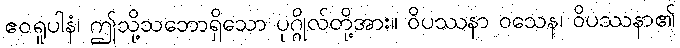
ဧဝရူပါနံ၊ ဤသို့သဘောရှိသော ပုဂ္ဂိုလ်တို့အား။ ဝိပဿနာ ဝသေန၊ ဝိပဿနာ၏